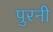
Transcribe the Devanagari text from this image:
पुरनी